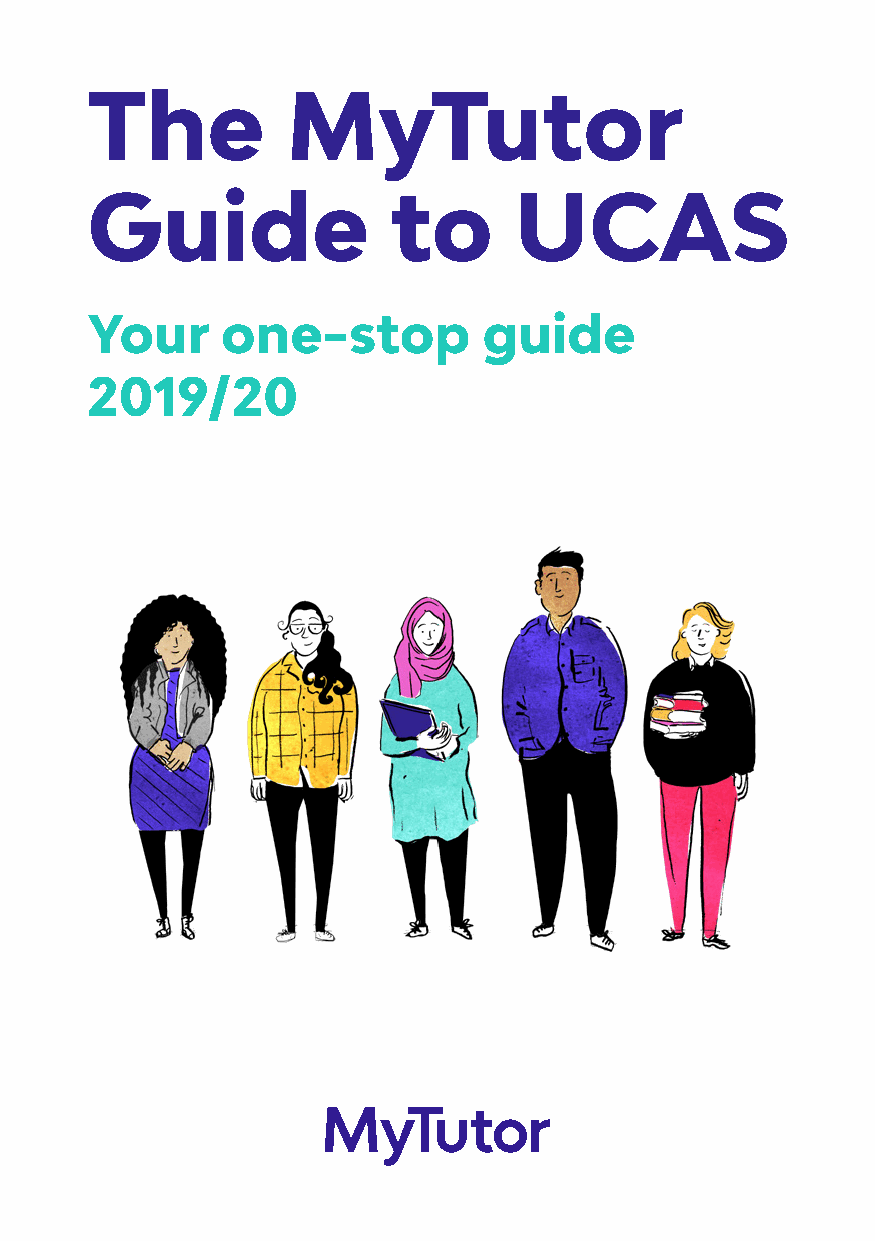
The          MyTutor
 Guide               to      UCAS
 Your     one-stop         guide
 2019/20